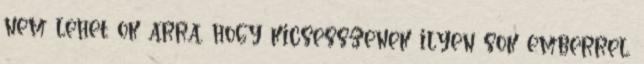
nem lehet ok arra, hogy kicsesszenek ilyen sok emberrel.